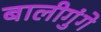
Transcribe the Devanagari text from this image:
बालीगुंगे